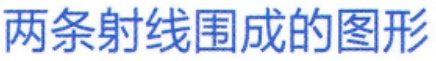
两条射线围成的图形